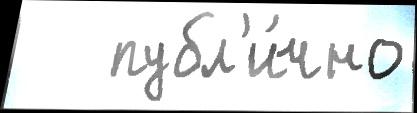
   публ'и́чно